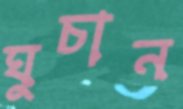
ঘুচান